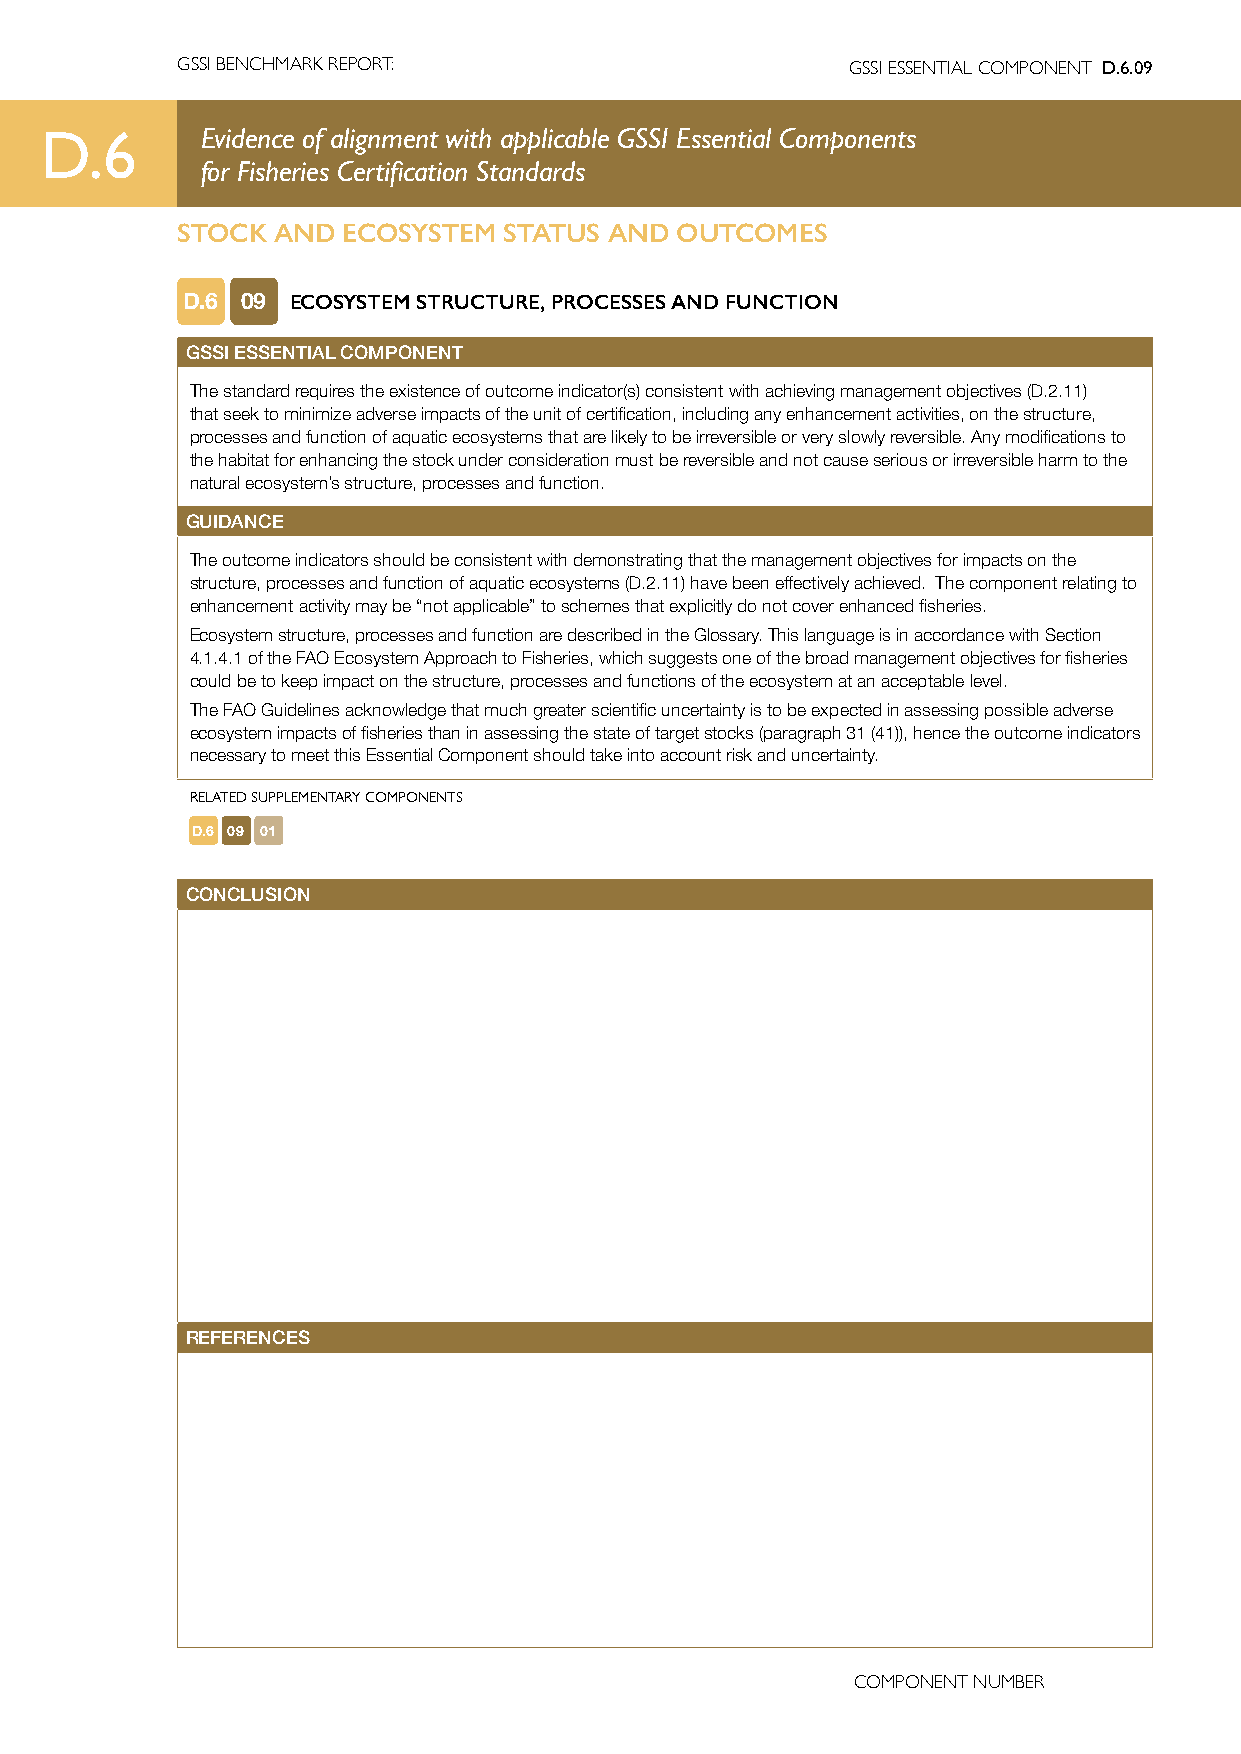
GSSI BENCHMARK REPORT:                      GSSI ESSENTIAL COMPONENT D.6.09
 D.6       Evidence of alignment with applicable GSSI Essential Components
 for Fisheries Certification Standards
 STOCK AND  ECOSYSTEM STATUS AND  OUTCOMES
 D.6 09 ECOSYSTEM STRUCTURE, PROCESSES AND FUNCTION
 GSSI ESSENTIAL COMPONENT
 The standard requires the existence of outcome indicator(s) consistent with achieving management objectives (D.2.11)
 that seek to minimize adverse impacts of the unit of certification, including any enhancement activities, on the structure,
 processes and function of aquatic ecosystems that are likely to be irreversible or very slowly reversible. Any modifications to
 the habitat for enhancing the stock under consideration must be reversible and not cause serious or irreversible harm to the
 natural ecosystem’s structure, processes and function.
 GUIDANCE
 The outcome indicators should be consistent with demonstrating that the management objectives for impacts on the
 structure, processes and function of aquatic ecosystems (D.2.11) have been effectively achieved. The component relating to
 enhancement activity may be “not applicable” to schemes that explicitly do not cover enhanced fisheries.
 Ecosystem structure, processes and function are described in the Glossary. This language is in accordance with Section
 4.1.4.1 of the FAO Ecosystem Approach to Fisheries, which suggests one of the broad management objectives for fisheries
 could be to keep impact on the structure, processes and functions of the ecosystem at an acceptable level.
 The FAO Guidelines acknowledge that much greater scientific uncertainty is to be expected in assessing possible adverse
 ecosystem impacts of fisheries than in assessing the state of target stocks (paragraph 31 (41)), hence the outcome indicators
 necessary to meet this Essential Component should take into account risk and uncertainty.
 RELATED SUPPLEMENTARY COMPONENTS
 D.6 09 01
 CONCLUSION
 REFERENCES
 COMPONENT NUMBER